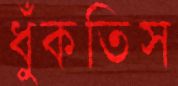
ধুঁকতিস